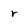
Character: r